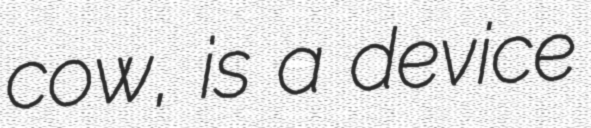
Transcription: cow, is a device